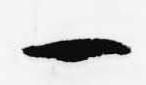
一